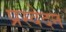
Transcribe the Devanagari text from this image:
प्रस्वेदन